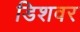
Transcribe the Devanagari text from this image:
डिशवर